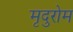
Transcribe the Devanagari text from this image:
मृदुरोम